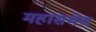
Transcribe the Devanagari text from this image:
महासभेच